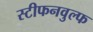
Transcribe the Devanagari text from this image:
स्टीफनवुल्फ